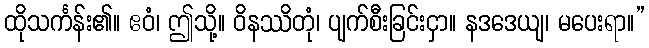
ထိုသင်္ကန်း၏။ ဧဝံ၊ ဤသို့။ ဝိနဿိတုံ၊ ပျက်စီးခြင်းငှာ။ နဒဒေယျ၊ မပေးရာ။”